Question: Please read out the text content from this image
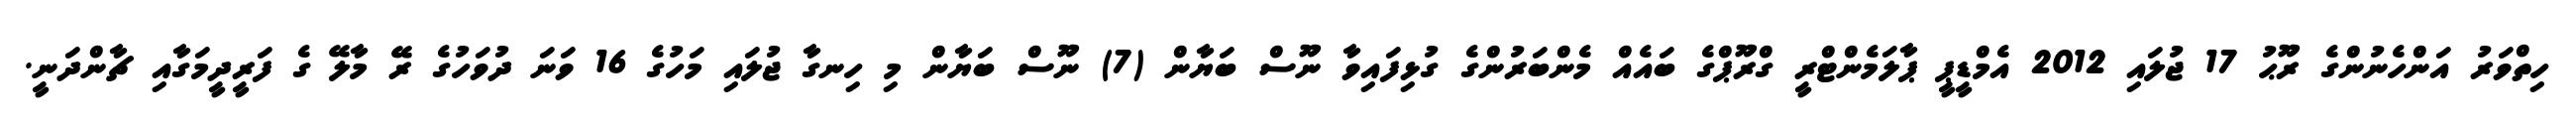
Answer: ހިތްވަރު އަންހެނުންގެ ރޫޙު 17 ޖުލައި 2012 އެމްޑީޕީ ޕާލަމެންޓްރީ ގްރޫޕްގެ ބައެއް މެންބަރުންގެ ގުޅިފައިވާ ނޫސް ބަޔާން (7) ނޫސް ބަޔާން މި ހިނގާ ޖުލައި މަހުގެ 16 ވަނަ ދުވަހުގެ ރޭ މާލޭ ގެ ފަރީދީމަގާއި ޗާންދަނީ.